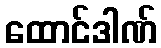
ထောင်ဒါဏ်